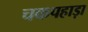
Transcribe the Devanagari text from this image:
चकपहाड़ा